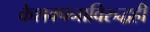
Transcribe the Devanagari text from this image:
केशवपनाविरुद्धही